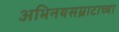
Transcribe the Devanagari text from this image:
अभिनयसम्राटाच्या